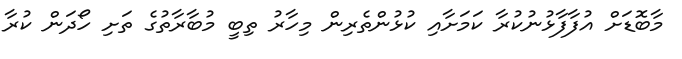
މާބޮޑަށް އުފާފާޅުނުކުރާ ކަމަށާއި ކުޅުންތެރިން މިހާރު ތިބީ މުބާރާތުގެ ތަށި ހޯދަން ކުރާ